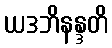
ယဒဘိနန္ဒတိ